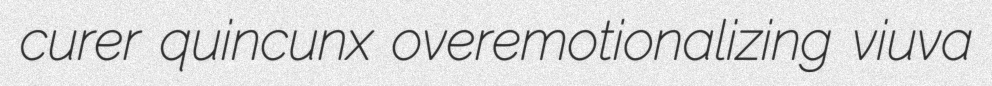
curer quincunx overemotionalizing viuva